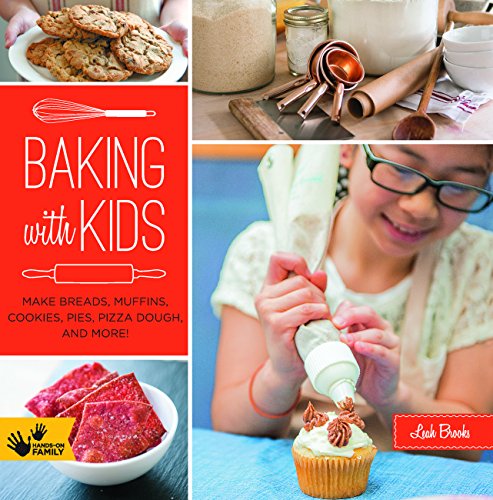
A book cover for Baking with Kids: Make Breads, Muffins, Cookies, Pies, Pizza Dough, and More! (Hands-On Family); Leah Brooks; Parenting & Relationships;